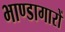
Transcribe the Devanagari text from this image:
भाण्डागारों